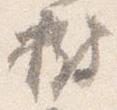
樹